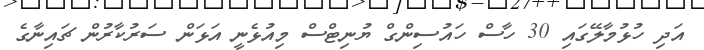
އަދި ހުޅުމާލޭގައި 30 ހާސް ހައުސިންގް ޔުނިޓްސް މިއުޅެނީ އަޅަން ސަރުކާރުން ޗައިނާގެ